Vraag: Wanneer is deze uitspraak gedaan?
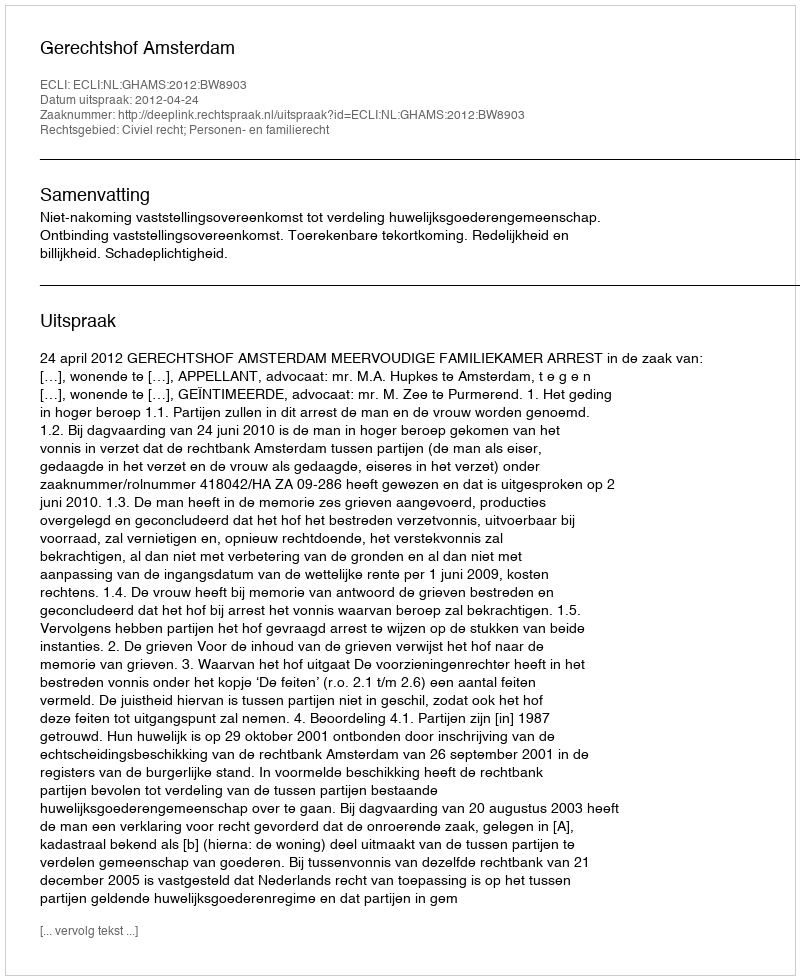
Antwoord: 2012-04-24